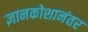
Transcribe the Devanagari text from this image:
ज्ञानकोशानंतर